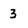
Character: 3